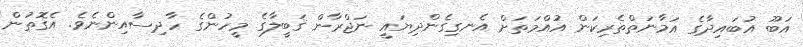
އަބޫ އުބައިދާގެ އަމާނަތްތެރިކަން އުއްމަތަށް އެނގިގެންދިޔައީ ނަޖްރާން ޤަބީލާގެ މީހުންގެ ހާދިސާއިންނެވެ. އެގޮތުން